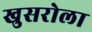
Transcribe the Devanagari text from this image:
खुसरोला